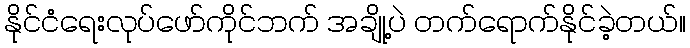
နိုင်ငံရေးလုပ်ဖော်ကိုင်ဘက် အချို့ပဲ တက်ရောက်နိုင်ခဲ့တယ်။